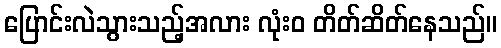
ပြောင်းလဲသွားသည့်အလား လုံးဝ တိတ်ဆိတ်နေသည်။